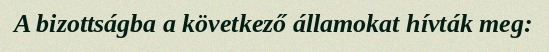
A bizottságba a következő államokat hívták meg: